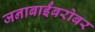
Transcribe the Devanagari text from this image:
जनाबाईंबरोबर